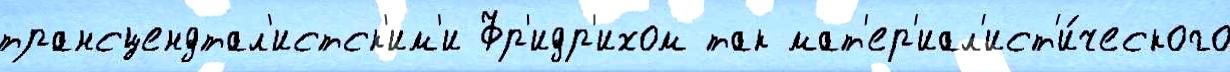
трансцендтал'истск'им'и Фр'идр'ихом так мат'ер'иал'ист'и́ческого